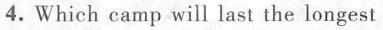
4.Which camp will last the longest time?